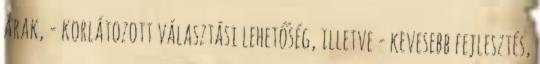
árak, - korlátozott választási lehetőség, illetve - kevesebb fejlesztés,